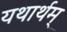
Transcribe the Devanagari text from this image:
यथार्थम्